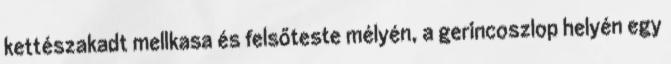
kettészakadt mellkasa és felsőteste mélyén, a gerincoszlop helyén egy